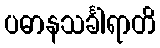
ပဓာနသင်္ခါရာတိ